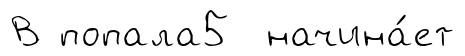
В попала5 начина́ет